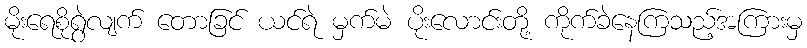
မိုးရေစိုရွဲလျက် တောခြင် ယင်ရဲ မှက်မဲ ပိုးလောင်းတို့ ကိုက်ခဲနေကြသည့်အကြားမှ